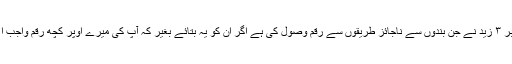
سوال نمبر ۳ زید نے جن بندوں سے ناجائز طریقوں سے رقم وصول کی ہے اگر ان کو یہ بتائے بغیر کہ آپ کی میرے اوپر کچھ رقم واجب الادا ہے ۔